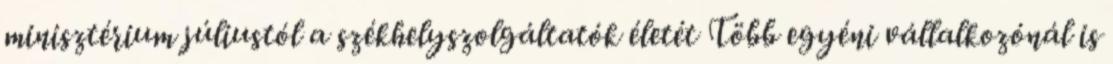
minisztérium júliustól a székhelyszolgáltatók életét Több egyéni vállalkozónál is